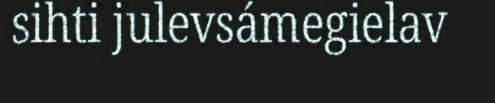
sihti julevsámegielav